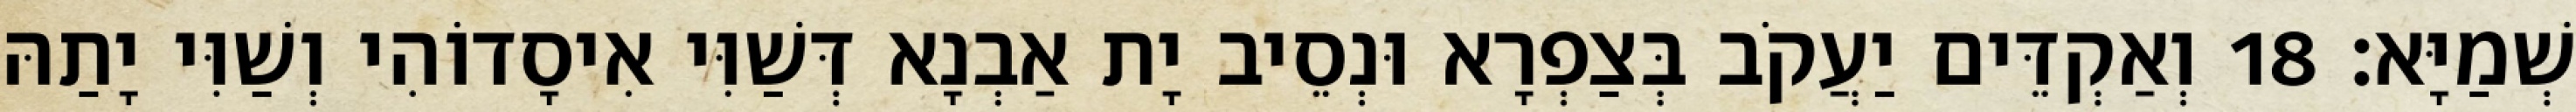
שְׁמַיָּא׃ 18 וְאַקְדֵּים יַעֲקֹב בְּצַפְרָא וּנְסֵיב יָת אַבְנָא דְּשַׁוִּי אִיסָדוֹהִי וְשַׁוִּי יָתַהּ